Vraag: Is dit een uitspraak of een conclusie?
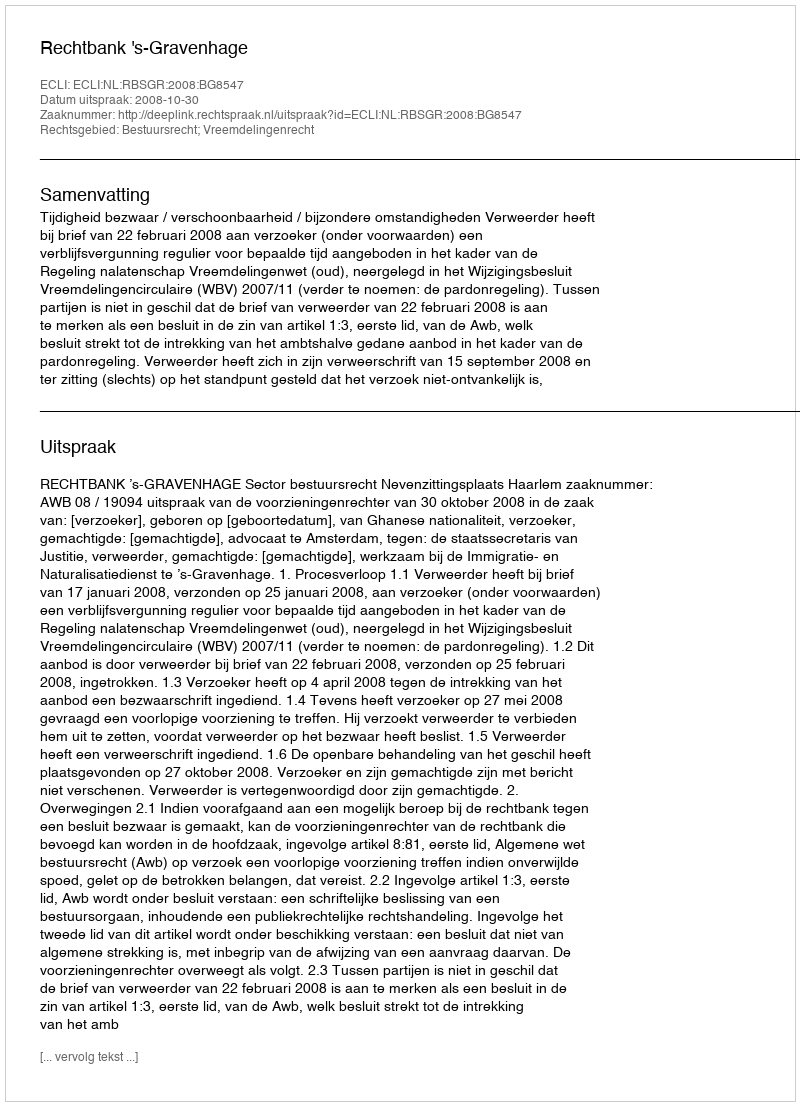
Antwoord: Uitspraak